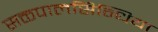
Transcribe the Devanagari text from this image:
सक्तपालसिन्धिया